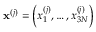
\mathbf { x } ^ { ( j ) } = \left( x _ { 1 } ^ { ( j ) } , \dots , x _ { 3 N } ^ { ( j ) } \right)